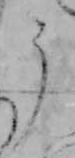
う